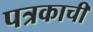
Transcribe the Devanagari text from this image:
पत्रकाची